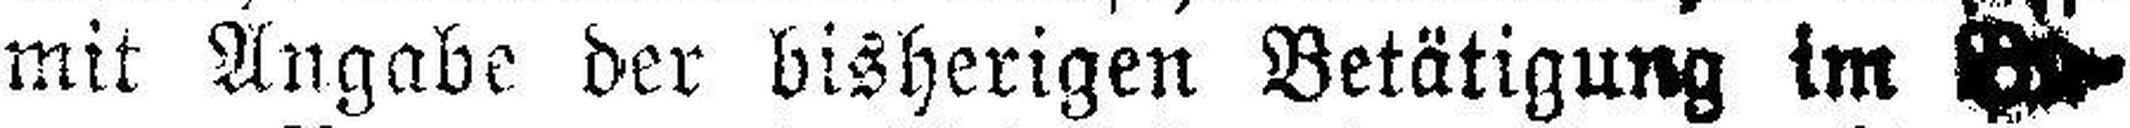
mit Angabe der bisherigen Betätigung im Bu¬